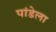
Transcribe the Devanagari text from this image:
पांडेला